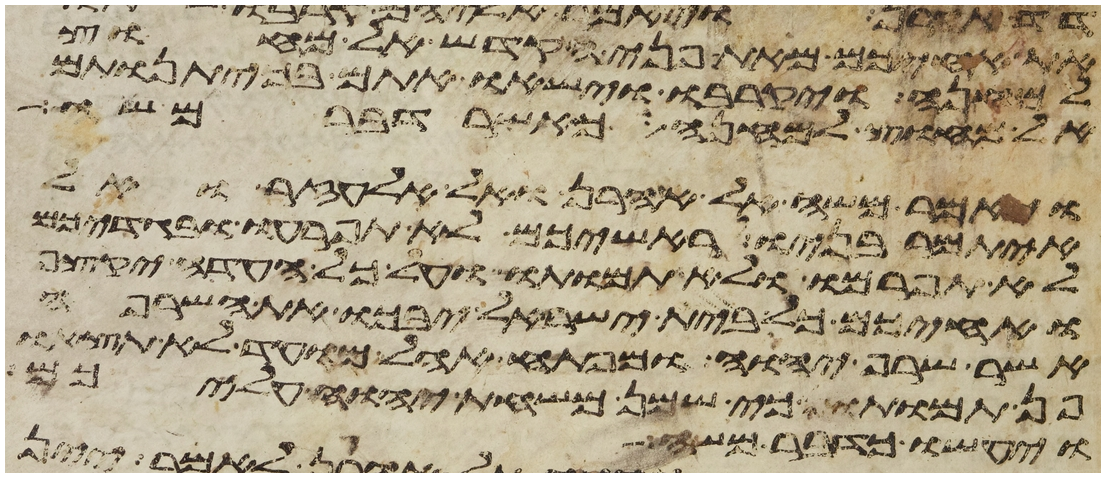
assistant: את אחיכם מאת פני הקדש אל מחוץ
למחנה ויקרבו וישאו אתם בכיתנותם
אל מחוץ למחנה כאשר דבר משה
ויאמר משה אל אהרן ואל אלעזר ואל
איתמר בניו ראשיכם לא תפרעו ובגדיכם
לא תפרמו ולא תמותו ועל כל העדה יקצף
ואחיכם כל בית ישראל יבכו את השרפה
אשר שרף יהוה ומפתח אהל מועד לא תצאו
פן תמותו כי שמן משחת יהוה עליכם
ויעשו כדבר משה